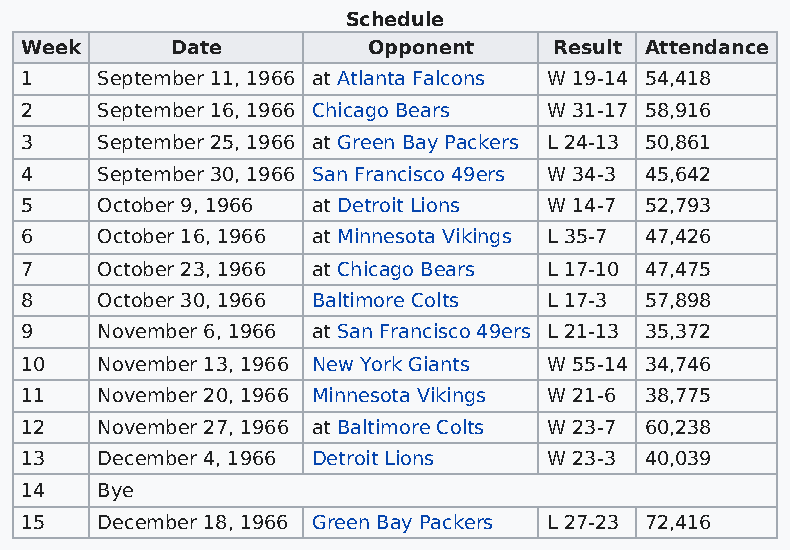
Schedule
 Week      Date         Opponent     Result Attendance
 1    September 11, 1966 at Atlanta Falcons W 19-14 54,418
 2    September 16, 1966 Chicago Bears W 31-17 58,916
 3    September 25, 1966 at Green Bay Packers L 24-13 50,861
 4    September 30, 1966 San Francisco 49ers W 34-3 45,642
 5    October 9, 1966 at Detroit Lions W 14-7 52,793
 6    October 16, 1966 at Minnesota Vikings L 35-7 47,426
 7    October 23, 1966 at Chicago Bears L 17-10 47,475
 8    October 30, 1966 Baltimore Colts L 17-3 57,898
 9    November 6, 1966 at San Francisco 49ers L 21-13 35,372
 10   November 13, 1966 New York Giants W 55-14 34,746
 11   November 20, 1966 Minnesota Vikings W 21-6 38,775
 12   November 27, 1966 at Baltimore Colts W 23-7 60,238
 13   December 4, 1966 Detroit Lions W 23-3 40,039
 14   Bye
 15   December 18, 1966 Green Bay Packers L 27-23 72,416